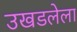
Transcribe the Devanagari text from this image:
उखडलेला